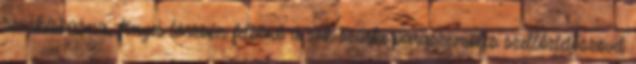
szürkésbarna, fényes törzsén feltűnő a sok szürke paraszemölcs szellőztetőszövet